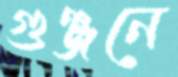
গুঞ্জনে